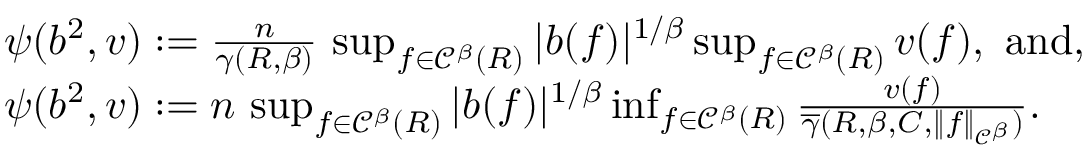
\begin{array} { r l } & { \psi ( b ^ { 2 } , v ) : = \frac { n } { \gamma ( R , \beta ) } \, \operatorname* { s u p } _ { f \in { \mathscr C } ^ { \beta } ( R ) } | b ( f ) | ^ { 1 / \beta } \operatorname* { s u p } _ { f \in { \mathscr C } ^ { \beta } ( R ) } v ( f ) , \mathrm { ~ a n d , } } \\ & { \psi ( b ^ { 2 } , v ) : = n \, \operatorname* { s u p } _ { f \in { \mathscr C } ^ { \beta } ( R ) } | b ( f ) | ^ { 1 / \beta } \operatorname* { i n f } _ { f \in { \mathscr C } ^ { \beta } ( R ) } \frac { v ( f ) } { \overline { \gamma } ( R , \beta , C , \| f \| _ { { \mathscr C } ^ { \beta } } ) } . } \end{array}